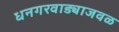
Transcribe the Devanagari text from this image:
धनगरवाड्याजवळ